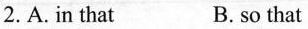
2.A.in that B.so that